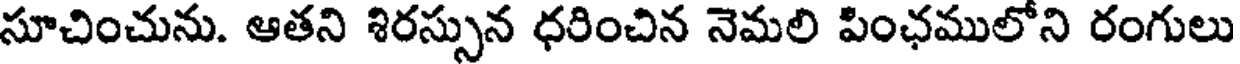
సూచించును. ఆతని శిరస్సున ధరించిన నెమలి పింఛములోని రంగులు